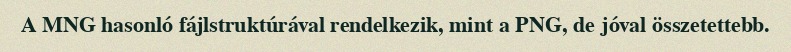
A MNG hasonló fájlstruktúrával rendelkezik, mint a PNG, de jóval összetettebb.